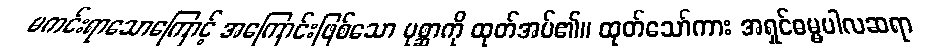
မကင်းရာသောကြောင့် အကြောင်းဖြစ်သော ပုစ္ဆာကို ထုတ်အပ်၏။ ထုတ်သော်ကား အရှင်ဓမ္မပါလဆရာ